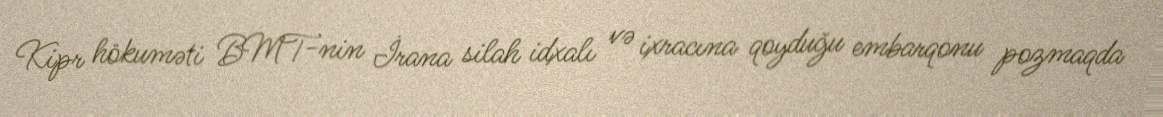
Kipr hökuməti BMT-nin İrana silah idxalı və ixracına qoyduğu embarqonu pozmaqda